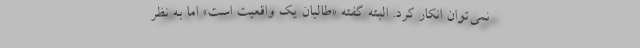
نمی‌توان انکار کرد. البته گفته «طالبان یک واقعیت است» اما به نظر